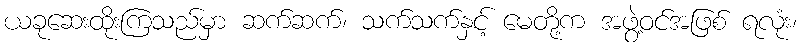
ယခုဆေးထိုးကြသည်မှာ ဆက်ဆက်၊ သက်သက်နှင့် မေတို့က အဖွဲ့ဝင်အဖြစ် ရလုံး၊